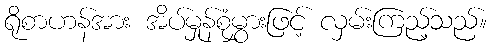
ရိုစာဟန်အား အိပ်မှုန်စုံမွှားဖြင့် လှမ်းကြည့်သည်။